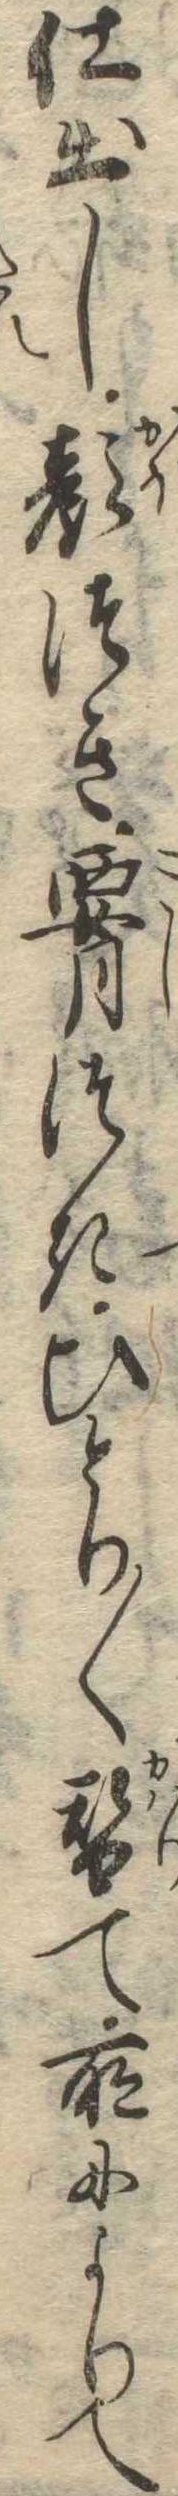
仕出し顔つき腰つきひとり〱替て所によりて